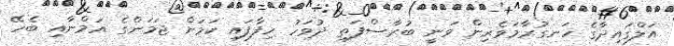
އަލްގައިދާގެ ހަނގުރާމަވެރިން ވަނީ ބުރާސްފަތި ދުވަހު ހިފާފައި ކަމަށް ޖަމަންގެ އަމްނާއި ބެހޭ